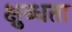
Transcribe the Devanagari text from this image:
क्षुब्धता